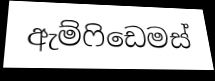
ඇම්ෆිඩෙමස්